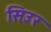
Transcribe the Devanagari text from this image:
सिउर